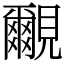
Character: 覼